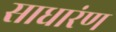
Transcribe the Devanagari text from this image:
साधारंण